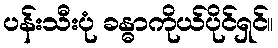
ပန်းသီးပုံ ခန္ဓာကိုယ်ပိုင်ရှင်။